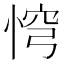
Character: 𢛙